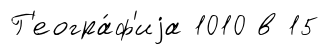
Г'еогра́ф'иjа 1010 в 15